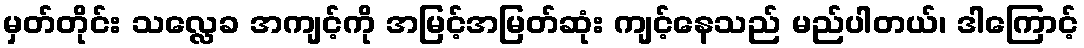
မှတ်တိုင်း သလ္လေခ အကျင့်ကို အမြင့်အမြတ်ဆုံး ကျင့်နေသည် မည်ပါတယ်၊ ဒါကြောင့်